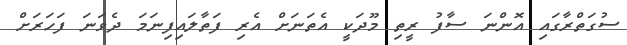
ސުގަތްރާގައި އޮންނަ ސާފު ރީތި މޫދަކީ އެތަނަށް އެރި ފަތާލައިފިނަމަ ދެވަނަ ފަހަރަށް